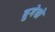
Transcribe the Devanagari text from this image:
बुगेचो